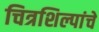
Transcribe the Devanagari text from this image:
चित्रशिल्पांचे